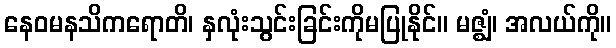
နေဝမနသိကရောတိ၊ နှလုံးသွင်းခြင်းကိုမပြုနိုင်။ မဇ္ဈံ၊ အလယ်ကို။